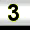
Digit: 3